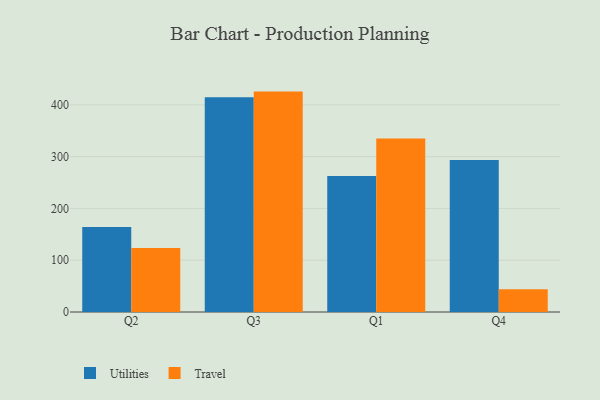
{"axis": {"x": "Quarter", "y": "Production Output"}, "legend": ["Travel", "Utilities"], "data": [{"x": "Q2", "y": 164.4, "type": "Utilities"}, {"x": "Q2", "y": 123.5, "type": "Travel"}, {"x": "Q3", "y": 414.9, "type": "Utilities"}, {"x": "Q3", "y": 425.7, "type": "Travel"}, {"x": "Q1", "y": 262.7, "type": "Utilities"}, {"x": "Q1", "y": 335.0, "type": "Travel"}, {"x": "Q4", "y": 293.7, "type": "Utilities"}, {"x": "Q4", "y": 43.9, "type": "Travel"}]}